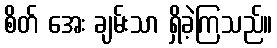
စိတ် အေး ချမ်းသာ ရှိခဲ့ကြသည်။